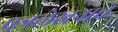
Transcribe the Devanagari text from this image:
पत्रलेखनाचे